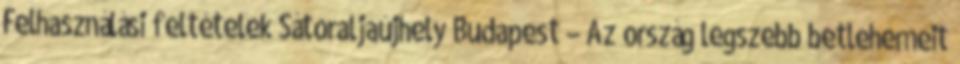
Felhasználási feltételek Sátoraljaújhely Budapest – Az ország legszebb betlehemeit